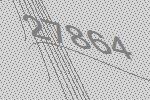
27864